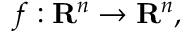
f : \mathbf { R } ^ { n } \rightarrow \mathbf { R } ^ { n } ,